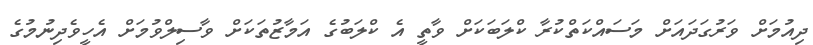
ދިއުމަށް ވަރުގަދައަށް މަސައްކަތްކުރާ ކްލަބަކަށް ވާތީ އެ ކްލަބުގެ އަމާޒުތަކަށް ވާސިލްވުމަށް އެހީވެދިނުމުގެ